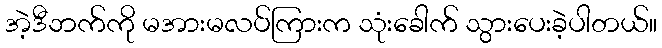
အဲ့ဒီဘက်ကို မအားမလပ်ကြားက သုံးခေါက် သွားပေးခဲ့ပါတယ်။